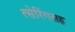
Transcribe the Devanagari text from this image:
त्सेरिंगसह